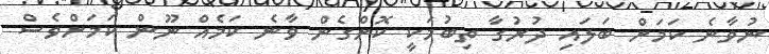
ނުވާނެ ކަމަށް ބަލައި ދުރުގާ ތިބުމަކީ ކޮށްގެން ވާނެ ކަމެއް ނޫން ކަމަށްވެސް